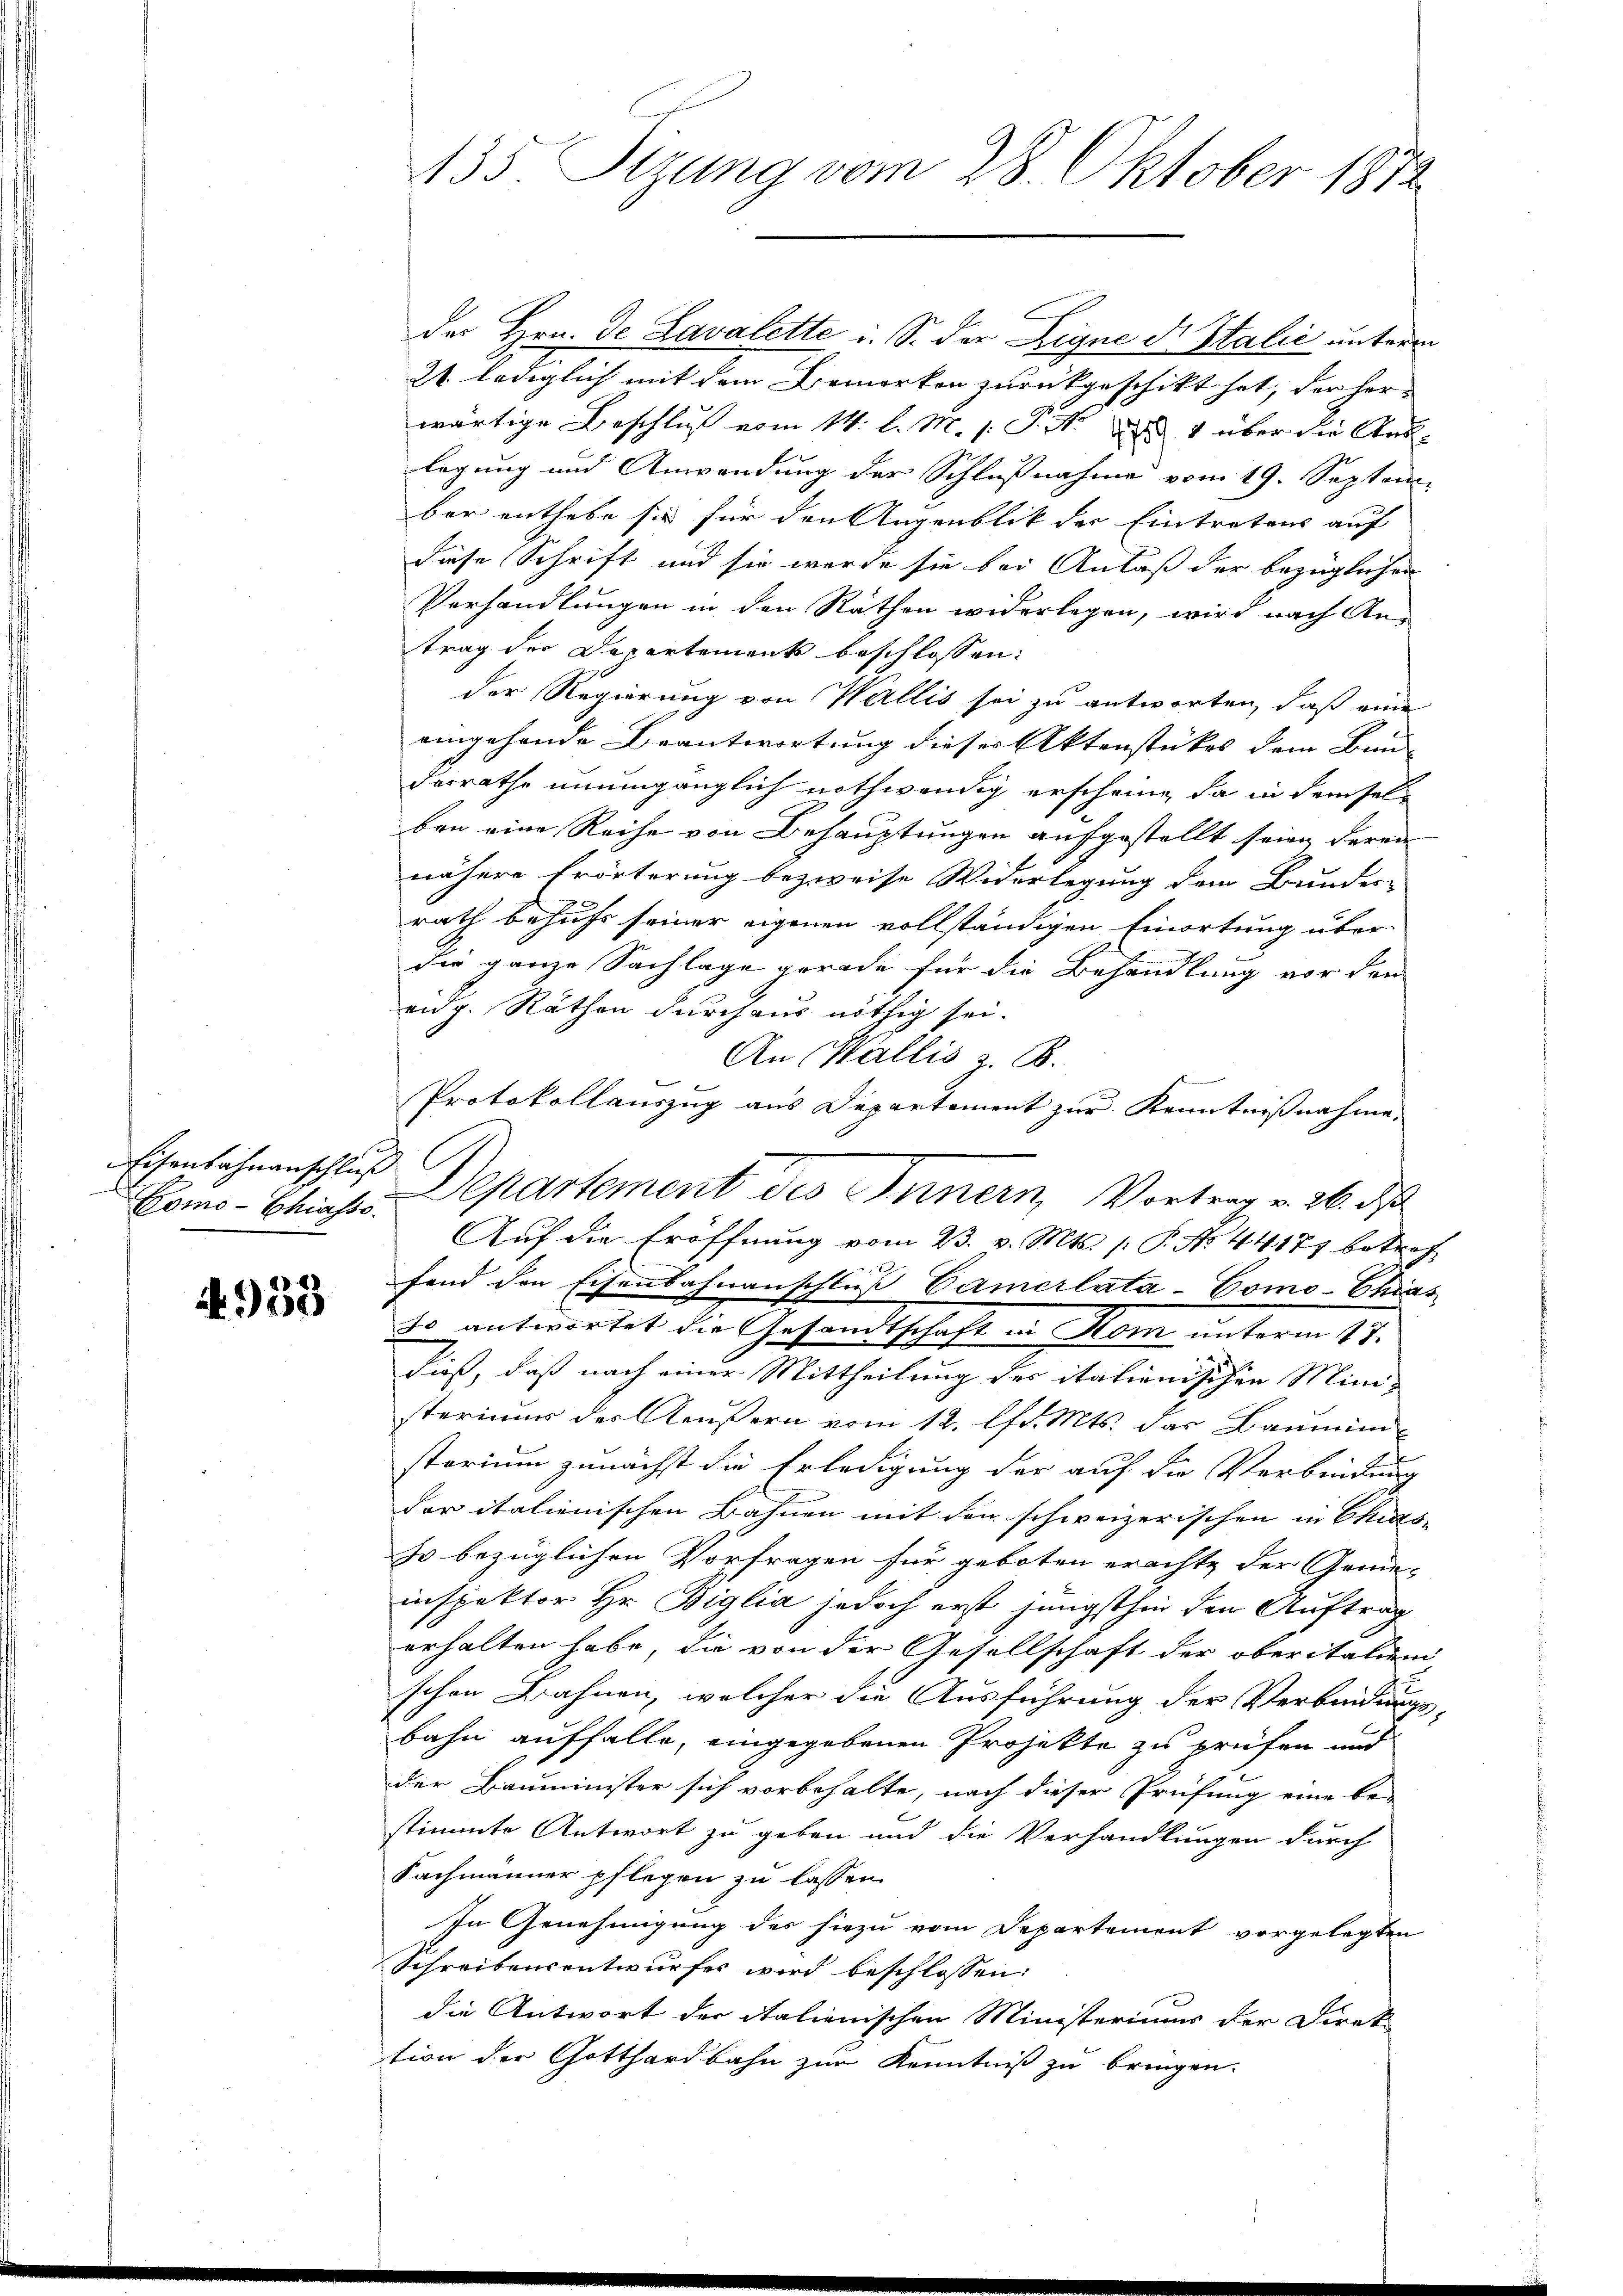
Eisenbahnanschluß

4953

135. Sizung vom 28. Oktober 1872

der Hrn. De Lavalette i. S. der Rigne dr Stalić unterm
21. lediglich mit dem Bemerken zurückgeschikt hat, der herwärtige Beschluß vom 14. l. M. s. S. i u. 1 über die Aus-
legung und Anwendung der Schlußnahme vom 19. Septem
ber enthebe sie für den Augenblik der Eintretens auf
diese Schrift und sie werde sie bei Anlaß der bezüglichen
Vorhandlungen in den Rathen widerlagen, wird nach An-
trag der Departements beschlossen:
der Regierung von Wallis sei zu antworten, daß eine
eingehende Beantwortung dieses Aktenstückes dem Bund
desrathe unumgänglich nothwendig erscheine, da in demselben eine Reihe von Behauptungen aufgestellt seien deren
nähere Erörterung bezweife Widerlegung dem Bunder-
rath behufs seiner eigenen vollständigen Einortung über-
die ganze Sachlage gerade für die Behandlung vor den
eidg. Räthen durchaus nöthig sei.
An Wallis z. B.
Protokollauszug aus Departement zur Kenntnißnahme
Auf die Eröffnung vom 23. v. Mts. 1 P. No. 44177 betref
fand den Eisenbahnanschluß Camerláta-Como-Chias
Jo antwortet die Gesandtschaft in Rom unterm 17.
Dieß, daß nach einer Mittheilung der italienischen Mini-
sterium der Aeußern vom 12. lfd. Mts. das Baumini-
storium zunächst die Erledigung der auf die Verbindung
der italienischen Bahnen mit den schweizerischen in Chias-
zo bezüglichen Vorfragen für geboten erachte der Gene-
inspektor Hr. Biglia jedoch erst jüngsthin den Auftrag
erhalten habe, die von der Gesellschaft der oberitalien
schen Bahnen, welcher die Ausführung der Verbindungs-
bahn auffalle, eingegebenen Projekte zu prüfen und
der Bauminister sich vorbehalte, nach dieser Prüfung eine be-
stimmte Antwort zu geben und die Verhandlungen durch
Fachmänner pflegen zu lassen.
In Genehmigung des hiezu vom Departement vorgelegten
Schreibensentwurfes wird beschlossen:
die Antwort der italienischen Ministeriums der Direk
tion der Gotthardbahn zur Kenntniß zu bringen.

Domo-Chiese Departement des Innern, Vortrag v. 26. ds